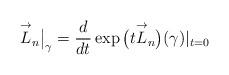
LaTeX: \begin{gather*}\overset{\rightarrow}{L}_n\big\vert_{\gamma}=\frac{d}{dt}\exp \big(t\overset{\rightarrow}{L}_n\big)(\gamma)\vert_{t=0}\end{gather*}